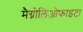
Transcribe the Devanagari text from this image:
मैग्नोलिओफाइटा